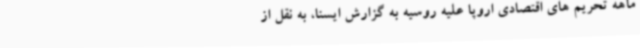
ماهه تحریم های اقتصادی اروپا علیه روسیه به گزارش ایسنا، به نقل از